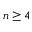
n \geq 4